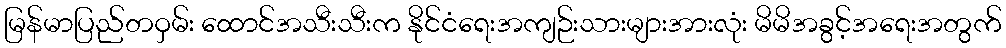
မြန်မာပြည်တဝှမ်း ထောင်အသီးသီးက နိုင်ငံရေးအကျဉ်းသားများအားလုံး မိမိအခွင့်အရေးအတွက်